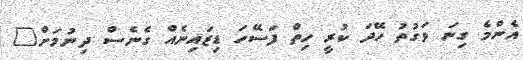
އެންމެ ގިނަ ވަގުތު ހޭދަ ކުރީ ހިތް ފަސޭހަ ޑިޒައިނެއް ގެނެސް ދިނުމަށް"